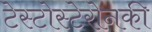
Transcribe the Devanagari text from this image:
टेस्टोस्टेरोनकी